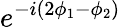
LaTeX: e^{-i(2\phi_{1}-\phi_{2})}